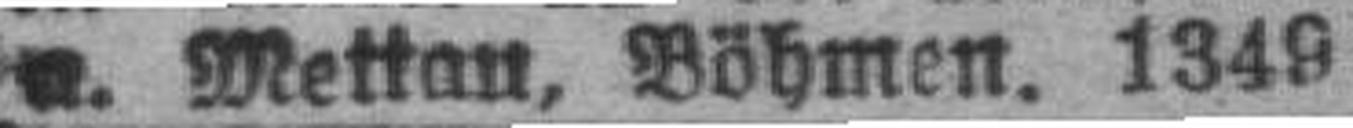
a. Mettan, Böhmen. 1349